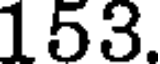
153.